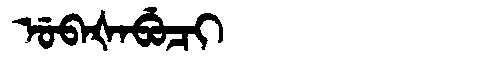
Manchu: ᡠᠪᠠᡧᠠᠪᡠᠴᡳ
Romanization: UBAŠABUCI